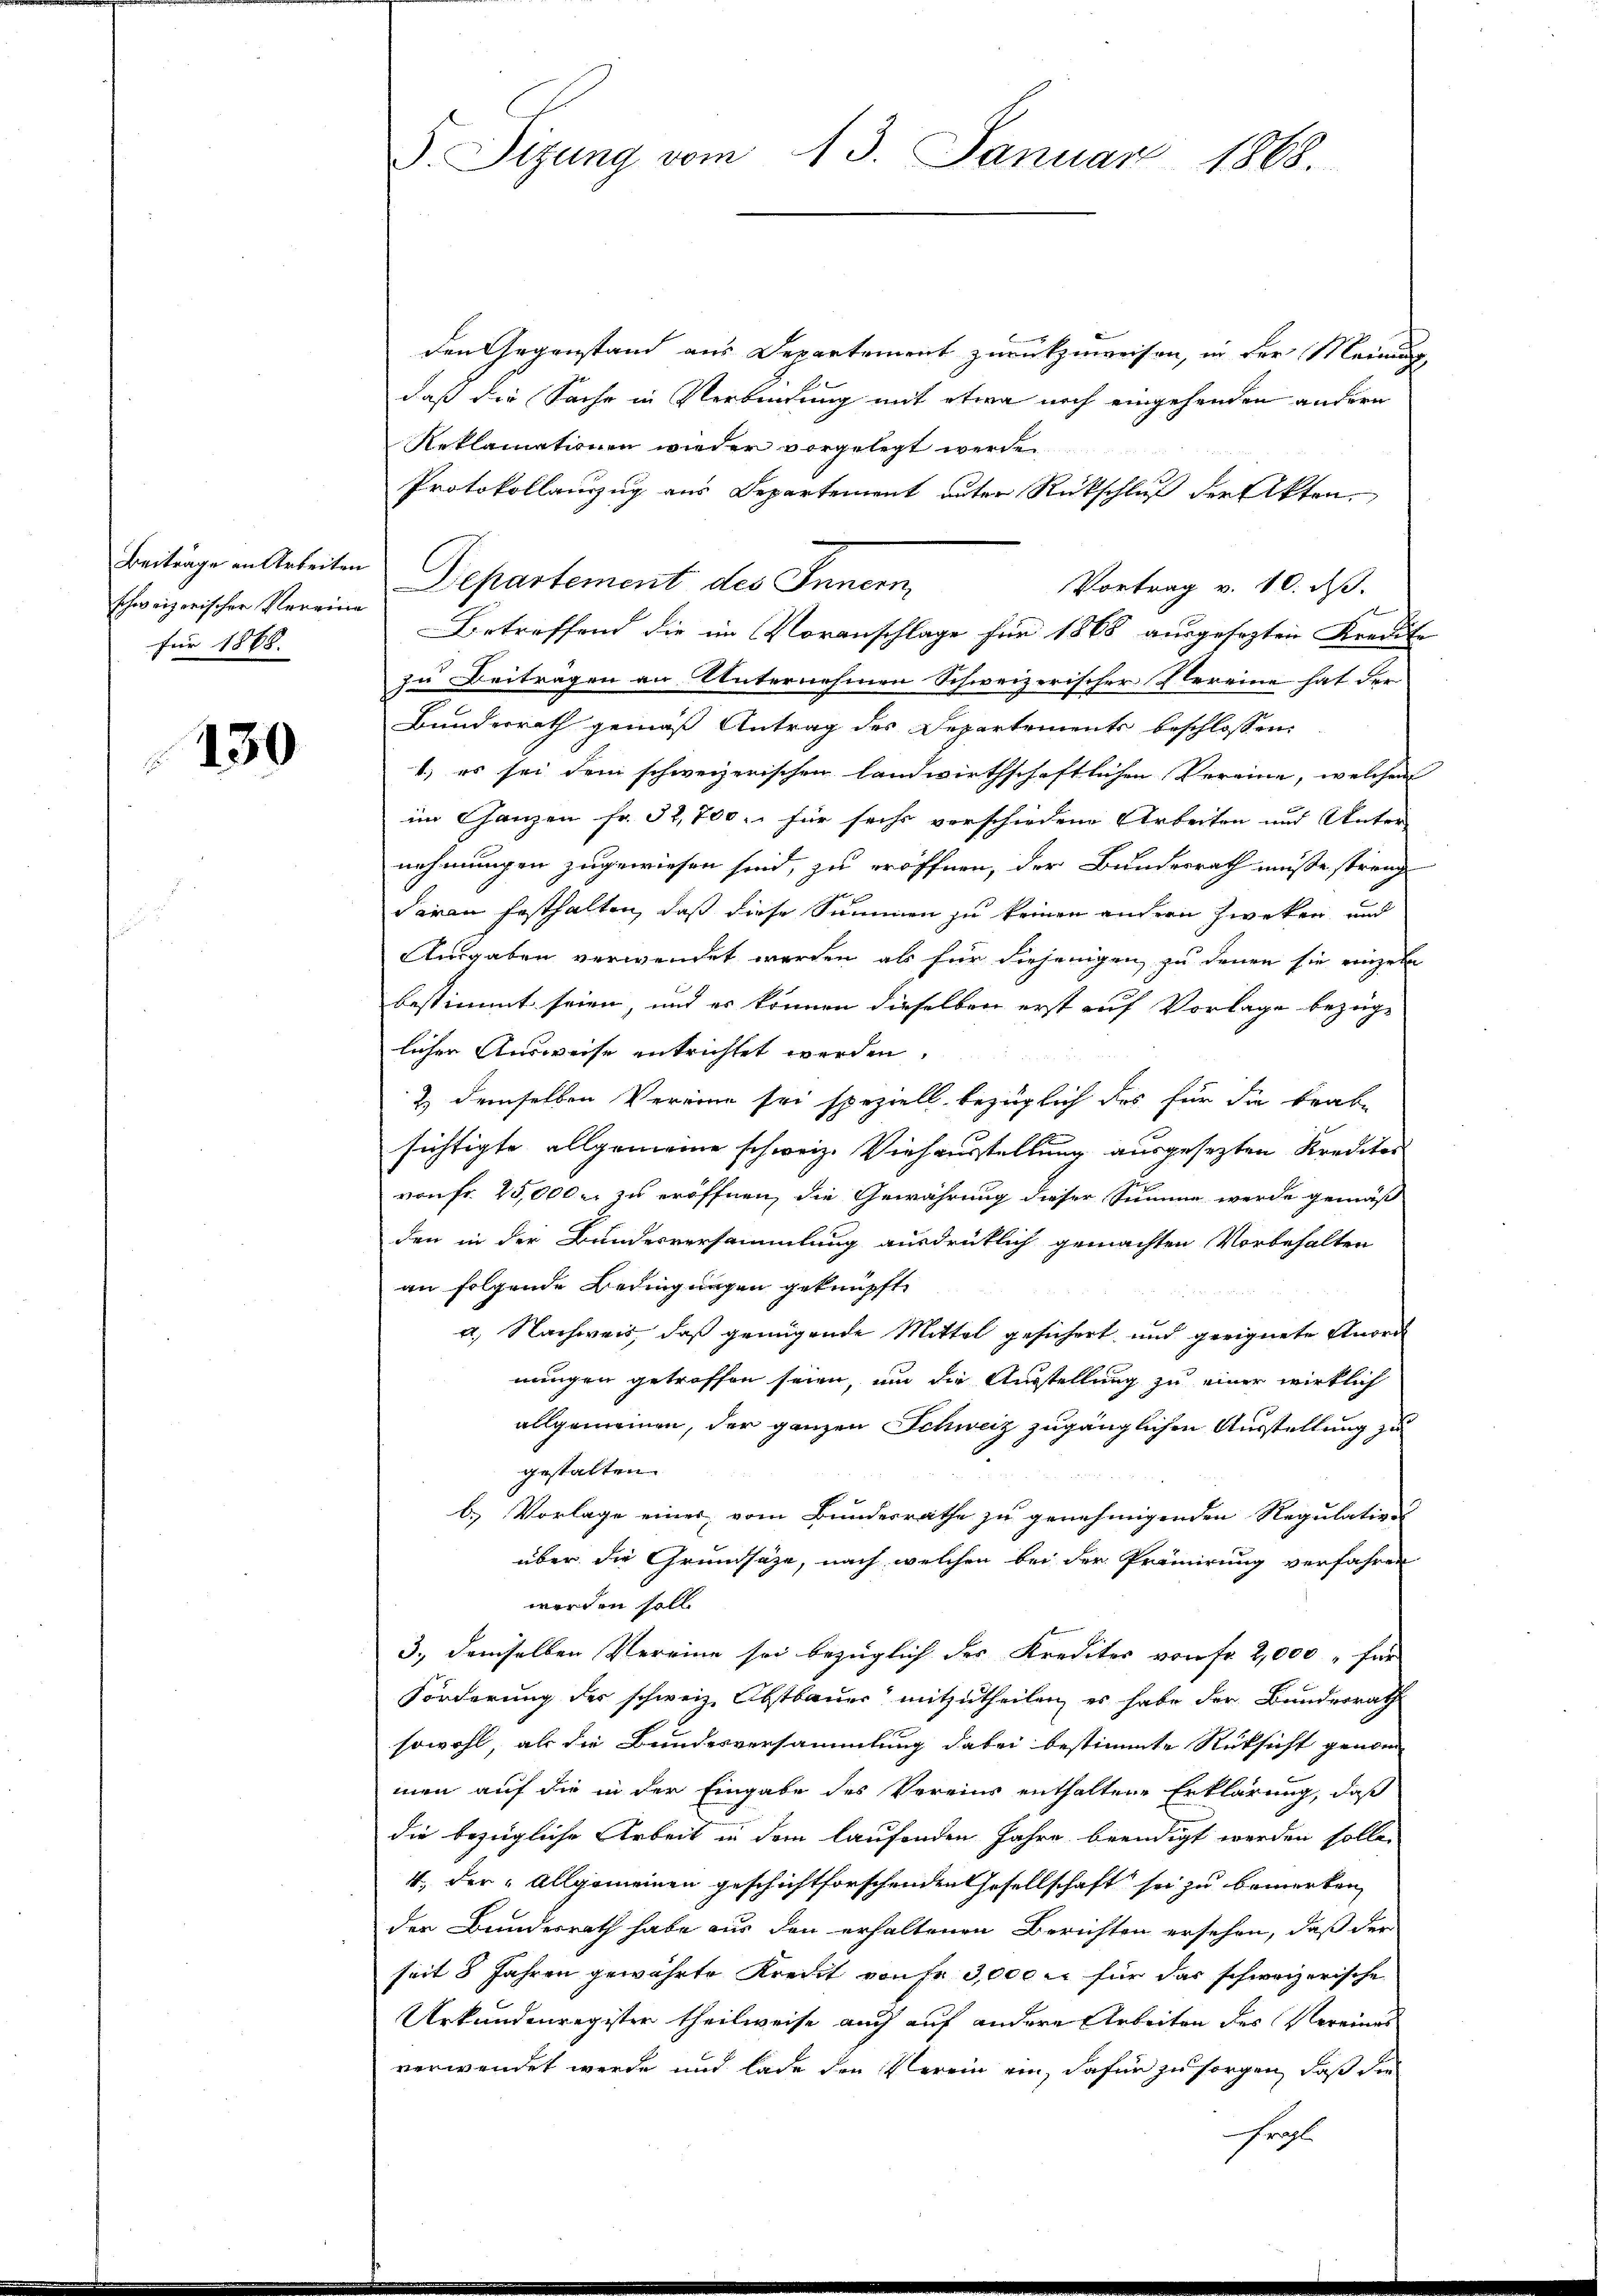
Beiträge an Arbeiten
schweizerischer Vereine
für 1868.

130

d. Sizung vom 13. Januar 1868.

den Gegenstand aus Departement zurückzuweisen, in der Meinung
daß die Sache in Verbindung mit etwa noch eingehenden andern
Reklamationen wieder vorgelegt werde.
Protokollauszug aus Departement unter Rückschluß der Akten
Departement des Innern
Vortrag v. 10. ds.
Betreffend die im Voranschlage für 1868 ausgesezten Kreute
zu Beitragen an Unternehmen Schweizerischer Vereine hat der
Bunderrath gemäß Antrag des Departements beschlossen:
1.) es sei dem schweizerischen landwirthschaftlichen Vereine, welchen
im Ganzen fr. 32,700.- für sechs verschiedene Arbeiten und Unter-
nehmungen zugewiesen sind, zu eröffnen, der Bundesrath müße streng
daran festhalten, daß diese Summen zu keinen andern Zweken, und
Ausgaben verwendet werden als für diejenigen zu denen sie einzeln
bestimmt seien, und es können dieselben erst auf Vorlage bezüge
lichen Ausweise entrichtet werden.
2) demselben Vereine sei speziell bezüglich des für die Brabe
sichtigte allgemeine schweiz. Viehausstellung ausgesezten Kreditor
von Fr. 25,000 u. zu eröffnen, die Gewährung dieser Summe werde gemäß
den in der Bundesversammlung ausdrüklich gemachten Vorbehalten
an folgende Bedingungen geknüpft
a.) Nachweis, daß genügende Mittel gesichert und geeignete Anord
nungen getroffen seien, um die Ausstellung zu einer wirklich
allgemeinen, der ganzen Schweiz zugänglichen Ausstellung zu
gestalten.
b.) Vorlage einer vom Bundesrathe zu genehmigenden Regulations
über die Grundsätze, nach welchen bei der Prämirung verfahren
werden soll.
3., demselben Vereine sei bezüglich des Kredites von Fr. 2,000 " für
Förderung der schweiz. Obstbauer mitzutheilen, es habe der Bundesrath
sowohl, als die Bundesversammlung dabei bestimmte Rüksicht genom
men auf die in der Eingabe des Vereins enthaltene Erklärung, daß
die bezügliche Arbeit in dem laufenden Jahre beendigt werden solle.
4., der „allgemeinen geschichtforschenden Gesellschaft sei zu bemerken,
der Bundesrath habe aus den erhaltenen Berichten ersehen, daß der
seit 8 Jahren gewährte Kreist von fr. 3,000 fl für das schweizerische
Urkundenregister theilweise auch auf andere Arbeiten des Vereines
verwendet werde und lade den Verein ein, dafür zu sorgen, daß die
Frahl.